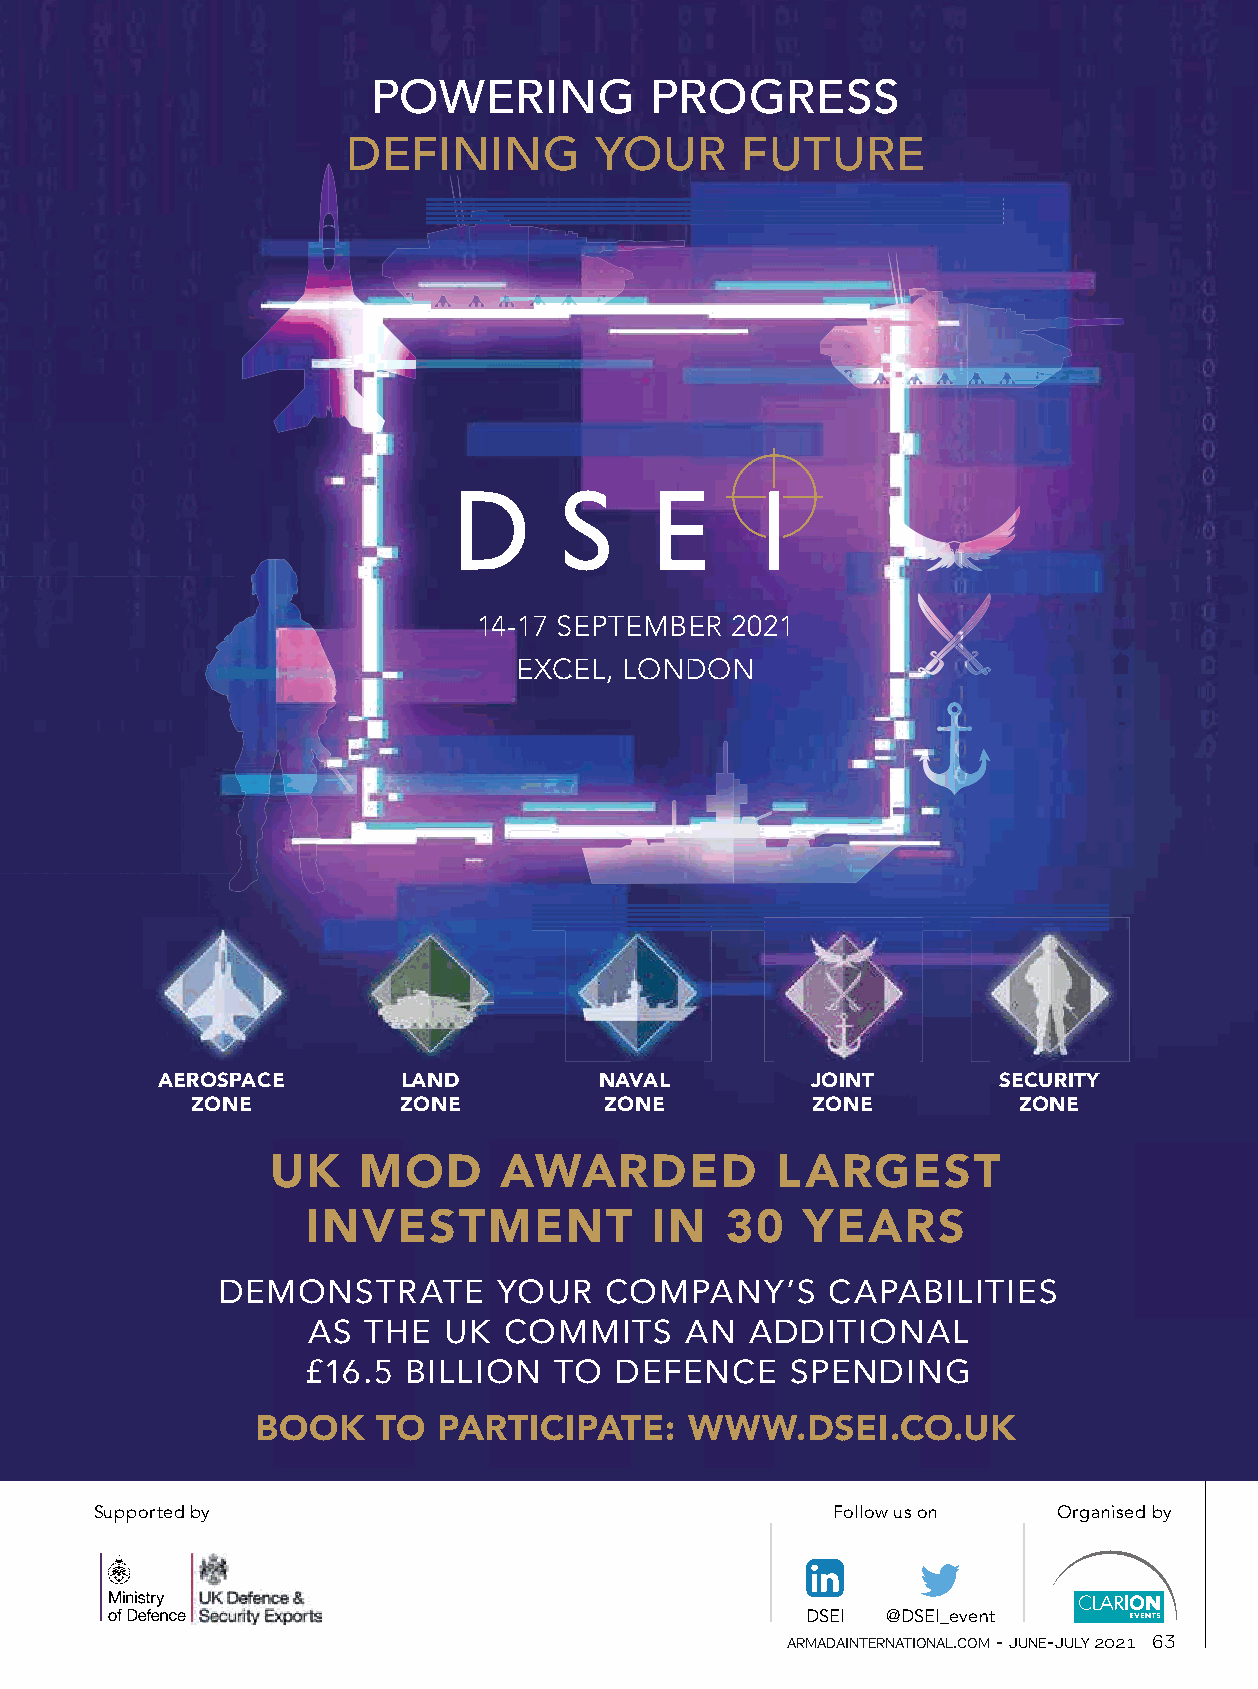
ARMADA  COMMENTARY
 POWERING          PROGRESS
 DEFINING        YOUR      FUTURE
 14−17  September 2021
 14-17 SEPTEMBER 2021
 EXCEL, LONDON
 AEROSPACE        LAND         NAVAL         JOINT       SECURITY
 ZONE         ZONE          ZONE          ZONE         ZONE
 UK    MOD      AWARDED           LARGEST
 INVESTMENT             IN   30   YEARS
 DEMONSTRATE        YOUR   COMPANY’S      CAPABILITIES
 AS  THE  UK  COMMITS     AN   ADDITIONAL
 £16.5  BILLION   TO  DEFENCE    SPENDING
 BOOK    TO  PARTICIPATE:     WWW.DSEI.CO.UK
 Supported by                                     Follow us on   Organised by
 DSEI  @DSEI_event
 armadainternational.com - june-july 2021 63